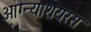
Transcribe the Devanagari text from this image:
आग्न्याशयरस